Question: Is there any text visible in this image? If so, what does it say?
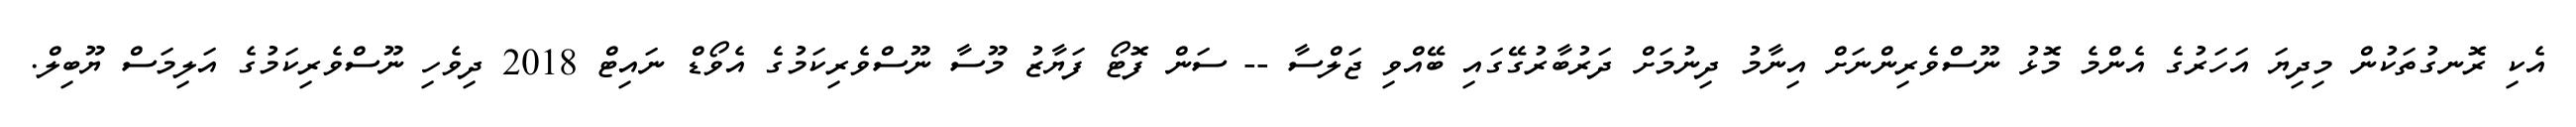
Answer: އެކި ރޮނގުތަކުން މިދިޔަ އަހަރުގެ އެންމެ މޮޅު ނޫސްވެރިންނަށް އިނާމު ދިނުމަށް ދަރުބާރުގޭގައި ބޭއްވި ޖަލްސާ -- ސަން ފޮޓޯ ފަޔާޒު މޫސާ ނޫސްވެރިކަމުގެ އެވޯޑް ނައިޓް 2018 ދިވެހި ނޫސްވެރިކަމުގެ އަލިމަސް ޔޫބިލް.